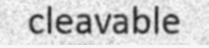
cleavable